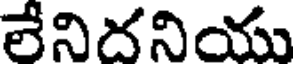
లేనిదనియు